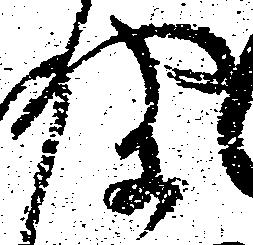
聞